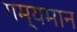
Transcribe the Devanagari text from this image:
गम्यमान